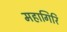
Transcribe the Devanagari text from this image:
महागिरि